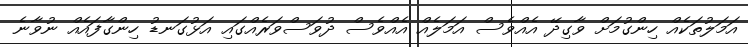
އަމަލުތަކެއް ހިންގުމަށް ވާގިދޭ އެއްވެސް އަމަލެއް އެއްވެސް ދުވަސްވަރެއްގައި އަޅުގަނޑު ހިންގާފައެއް ނުވާނެ